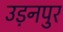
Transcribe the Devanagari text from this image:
उड़नपुर